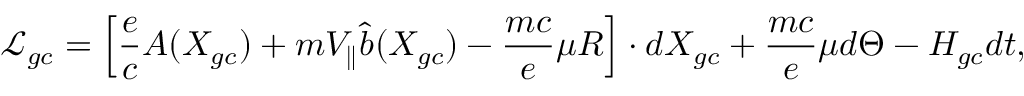
\mathcal { L } _ { g c } = \left[ \frac { e } { c } A ( X _ { g c } ) + m V _ { \parallel } \hat { b } ( X _ { g c } ) - \frac { m c } { e } \mu R \right] \boldsymbol { \cdot } d X _ { g c } + \frac { m c } { e } \mu d \Theta - H _ { g c } d t ,